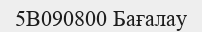
5В090800 Бағалау